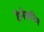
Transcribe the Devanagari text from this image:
टैनेसरिम